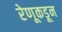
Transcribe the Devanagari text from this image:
रेणूकडून